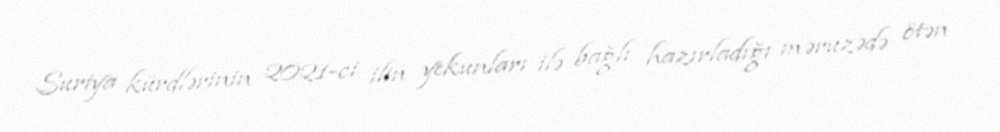
Suriya kürdlərinin 2021-ci ilin yekunları ilə bağlı hazırladığı məruzədə ötən